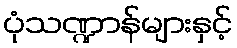
ပုံသဏ္ဍာန်များနှင့်